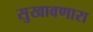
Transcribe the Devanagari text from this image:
सुखावणारा